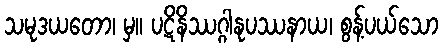
သမုဒယတော၊ မှ။ ပဋိနိဿဂ္ဂါနုပဿနာယ၊ စွန့်ပယ်သော